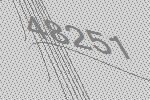
48251